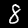
Label: 8